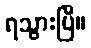
ရသွားပြီ။